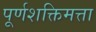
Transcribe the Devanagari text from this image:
पूर्णशक्तिमत्ता